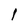
Character: 1